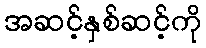
အဆင့်နှစ်ဆင့်ကို